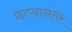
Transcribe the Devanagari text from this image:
छाप्यानंतर